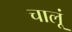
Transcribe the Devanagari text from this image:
चालूं